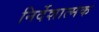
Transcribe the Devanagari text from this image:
निर्देशात्‍मक